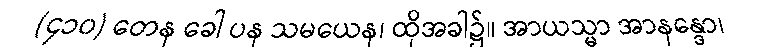
(၄၁၀) တေန ခေါ ပန သမယေန၊ ထိုအခါ၌။ အာယသ္မာ အာနန္ဒော၊